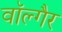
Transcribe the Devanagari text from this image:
वॉल्गैर